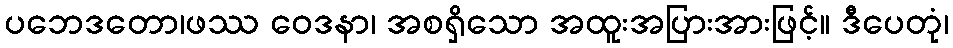
ပဘေဒတော၊ဖဿ ဝေဒနာ၊ အစရှိသော အထူးအပြားအားဖြင့်။ ဒီပေတုံ၊